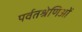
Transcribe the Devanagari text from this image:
पर्वतश्रेणिओं